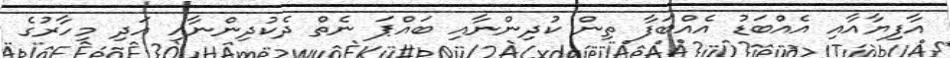
އާފިޔާއާއި އެއްބަޑު އެއްބަފާ ތިން ކުދިންނާއި ބައްޕަ ނެތް ދެކުދިންނާއި އަދި މިހާރުގެ